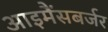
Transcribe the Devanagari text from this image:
आइमैंसबर्जर